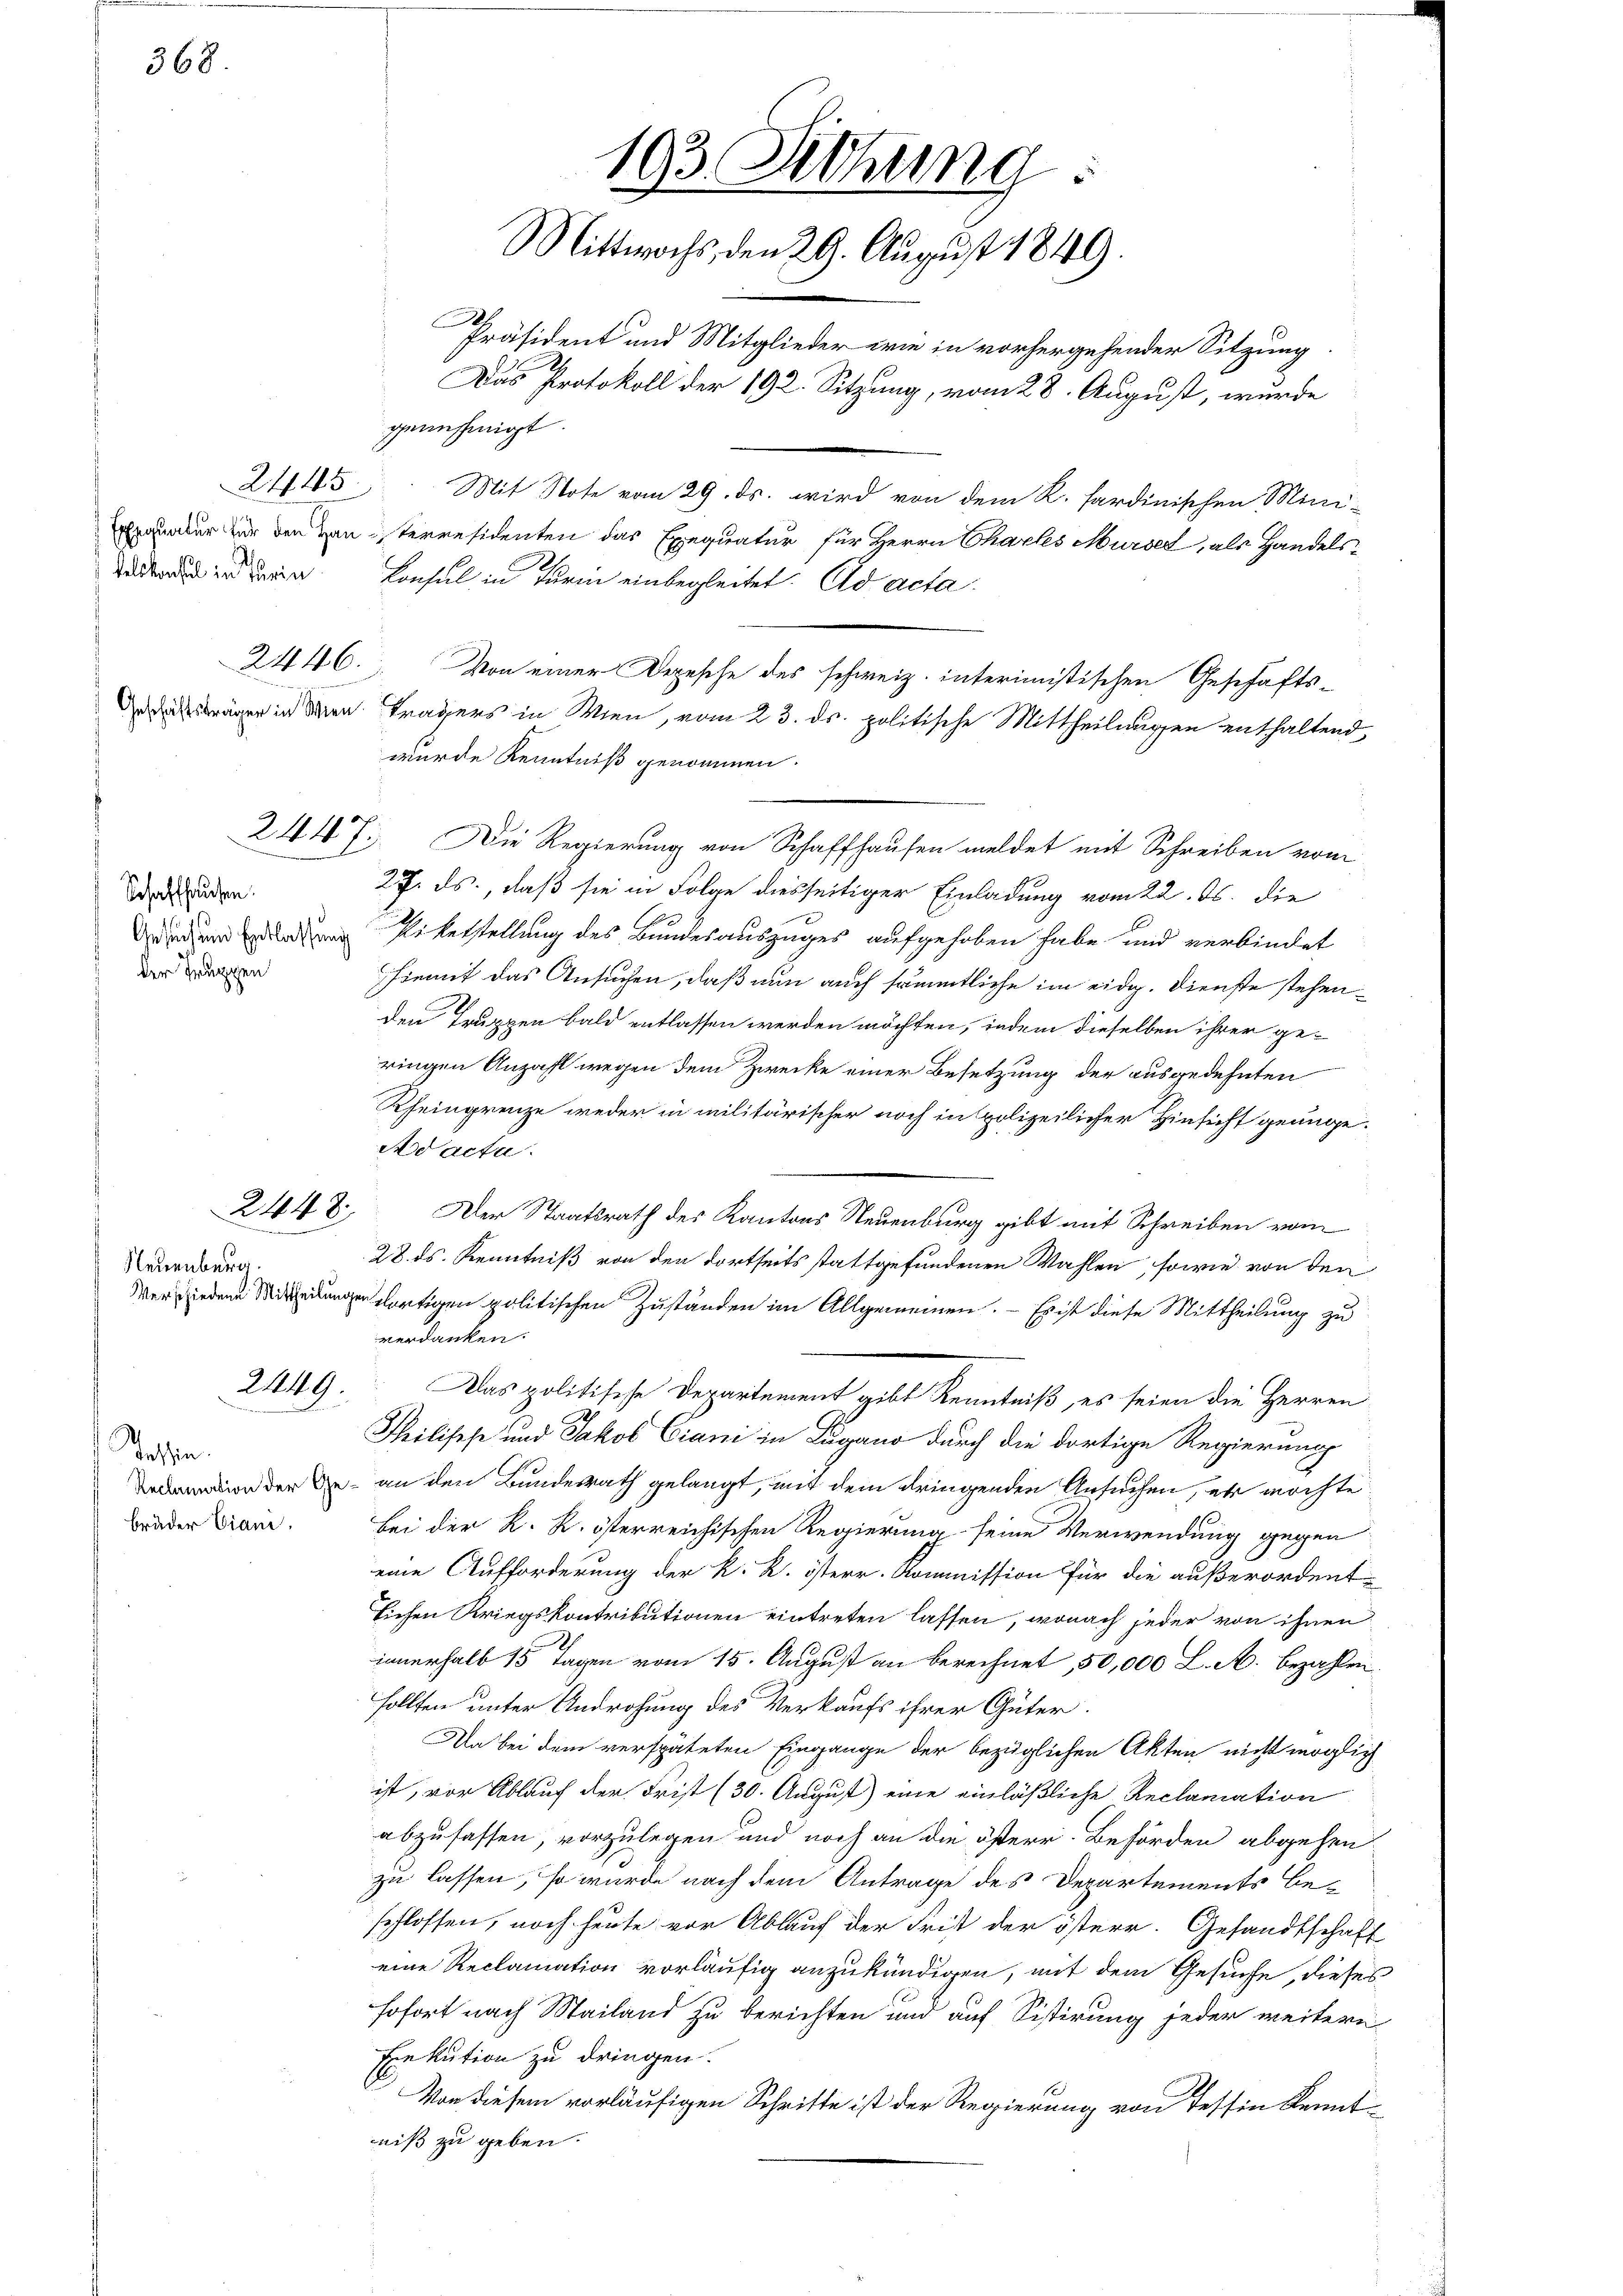
368.

Schaffhausen.
Gesuch und Entlassung
der Truppen

2445

2448
.

Neuenburg.

2449.

Tassen.
Reclamation der Gebrüder Ciani,

Präsident und Mitglieder wie in vorhergehender Sitzung.
genehmigt.
Mit Note vom 29. ds. wird von dem K. sardinischen Mini¬
Erquader vor den von sterresidenten das Exequatur für Herrn Chartes Murses, als Handels-
trer Bern. Consul in Turin einbegleitet. ad acta.
ge in den Tragers in Wien, vom 23. ds. politische Mittheilungen enthaltend,
wurde Kenntniß genommen.
2447. Die Regierung von Schaffhausen meldet mit Schreiben vom
27. ds., daß sie in Folge diesseitiger Einladung vom 22. ds. die
Piketstellung des Bundesauszuges aufgehoben habe und verbindet
hiemit das Ansuchen, daß nun auch sämmtliche im eidg. Dienste stehenden Truppen bald entlassen werden möchten, indem dieselben ihrer ge-
ringen Anzahl wegen dem Zwecke einer Besetzung der ausgedehnten
Rfeingrenze weder in militärischer noch in polizeilicher Hinsicht genüge.
Ad acta.
Der Staatsrath des Kantons Neuenburg gibt mit Schreiben vom
28. ds. Kenntniß von den dortseits stattgefundenen Wahlen, sowie von den
Werden dortigen politischen Zuständen im Allgemeinen. - Es ist diese Mittheilung zu
verdanken.
Das politische Departement gibt Kenntniß, es seien die Herren
Philisch und Jakob Crani in Lugano durch die dortige Regierung
an den Bundesrath gelangt, mit dem dringenden Ansuchen, er möchte
Bei der K. K. österreichischen Regierung seine Verwendung gegen
eine Aufforderung der k. k. österr. Kommission für die außerordent
lichen Kriegskontributionen eintreten lassen, wonach jeder von ihnen
innerhalb 15 Tagen vom 15. August an berechnet, 50,000 L. M. bezahlen.
sollten unter Androhung des Verkaufs ihrer Güter.
Da bei dem verspäteten Eingange der bezüglichen Akten nicht möglich
ist, vor Ablauf der Frist (30. August) eine einläßliche Reclamation
abzufassen, vorzulegen und noch an die österr. Behörden abgehen.
zu lassen, so würde nach dem Antrage des Departements be-
schlossen, noch heute vor Ablauf der Frist der österr. Gesandtschaft
eine Reclamation vorläufig anzukündigen, mit dem Gesuche, dieses
sofort nach Mailand zu berichten und auf Sistirung jeder weitern
Exekution zu dringen.
Von diesem vorläufigen Schritte ist der Regierung von Tessin kenntniß zu geben.

193. Sitzung.
Mittwochs, den 29. August 1849.

Das Protokoll der 192. Sitzung, vom 28. August, wurde

2446. Von einer Depesche des schweiz. interimistischen Geschäfts-